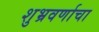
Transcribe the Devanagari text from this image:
शुभ्रवर्णाचा